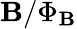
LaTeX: \mathbf{B}/\Phi_{\mathbf{B}}